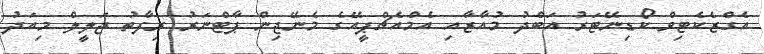
އެގްޒެކެޓިވް ކޯޑިނޭޓަރު އަބްދު މުއާޒާއި އެމްއެޗްޕީއޭގެ މެނޭޖިން ޕާޓްނަރު ރިފާތު ޖަލީލް މިއަދު